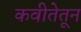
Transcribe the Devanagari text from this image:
कवीतेतून